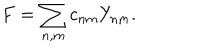
F = \sum _ { n , m } c _ { n m } Y _ { n m } .